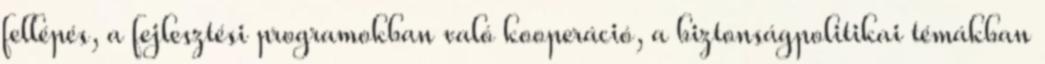
fellépés, a fejlesztési programokban való kooperáció, a biztonságpolitikai témákban